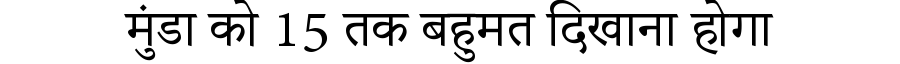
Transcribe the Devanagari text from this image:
मुंडा को 15 तक बहुमत दिखाना होगा